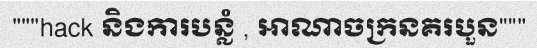
"""hack និងការបន្លំ , អាណាចក្រនគរបួន"""